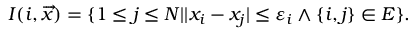
I ( i , \overrightarrow { x } ) = \{ 1 \leq j \leq N | \lvert x _ { i } - x _ { j } \rvert \leq \varepsilon _ { i } \wedge \{ i , j \} \in E \} .